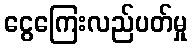
ငွေကြေးလည်ပတ်မှု